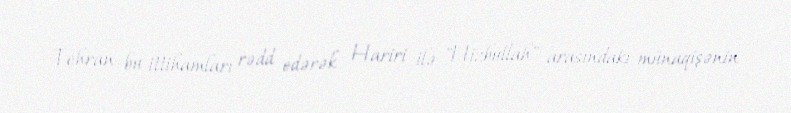
Tehran bu ittihamları rədd edərək Hariri ilə "Hizbullah" arasındakı münaqişənin